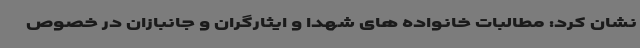
نشان کرد: مطالبات خانواده های شهدا و ایثارگران و جانبازان در خصوص